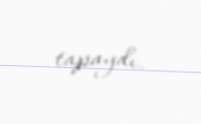
tapaydı.